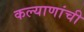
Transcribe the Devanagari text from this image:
कल्याणांची